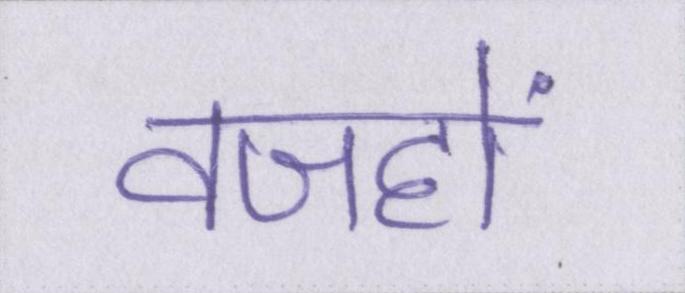
वजहों